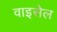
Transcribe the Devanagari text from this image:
वाइसेल